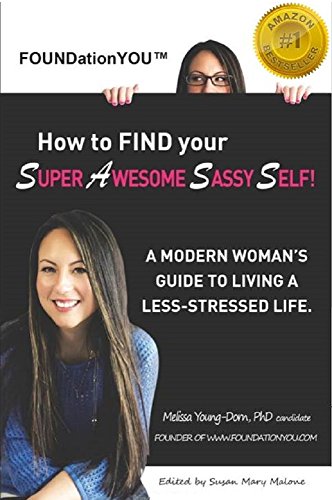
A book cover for How to FIND your Super Awesome Sassy Self!: A Modern Woman's Guide to Living a Less-Stressed Life; Melissa Young-Dorn; Business & Money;